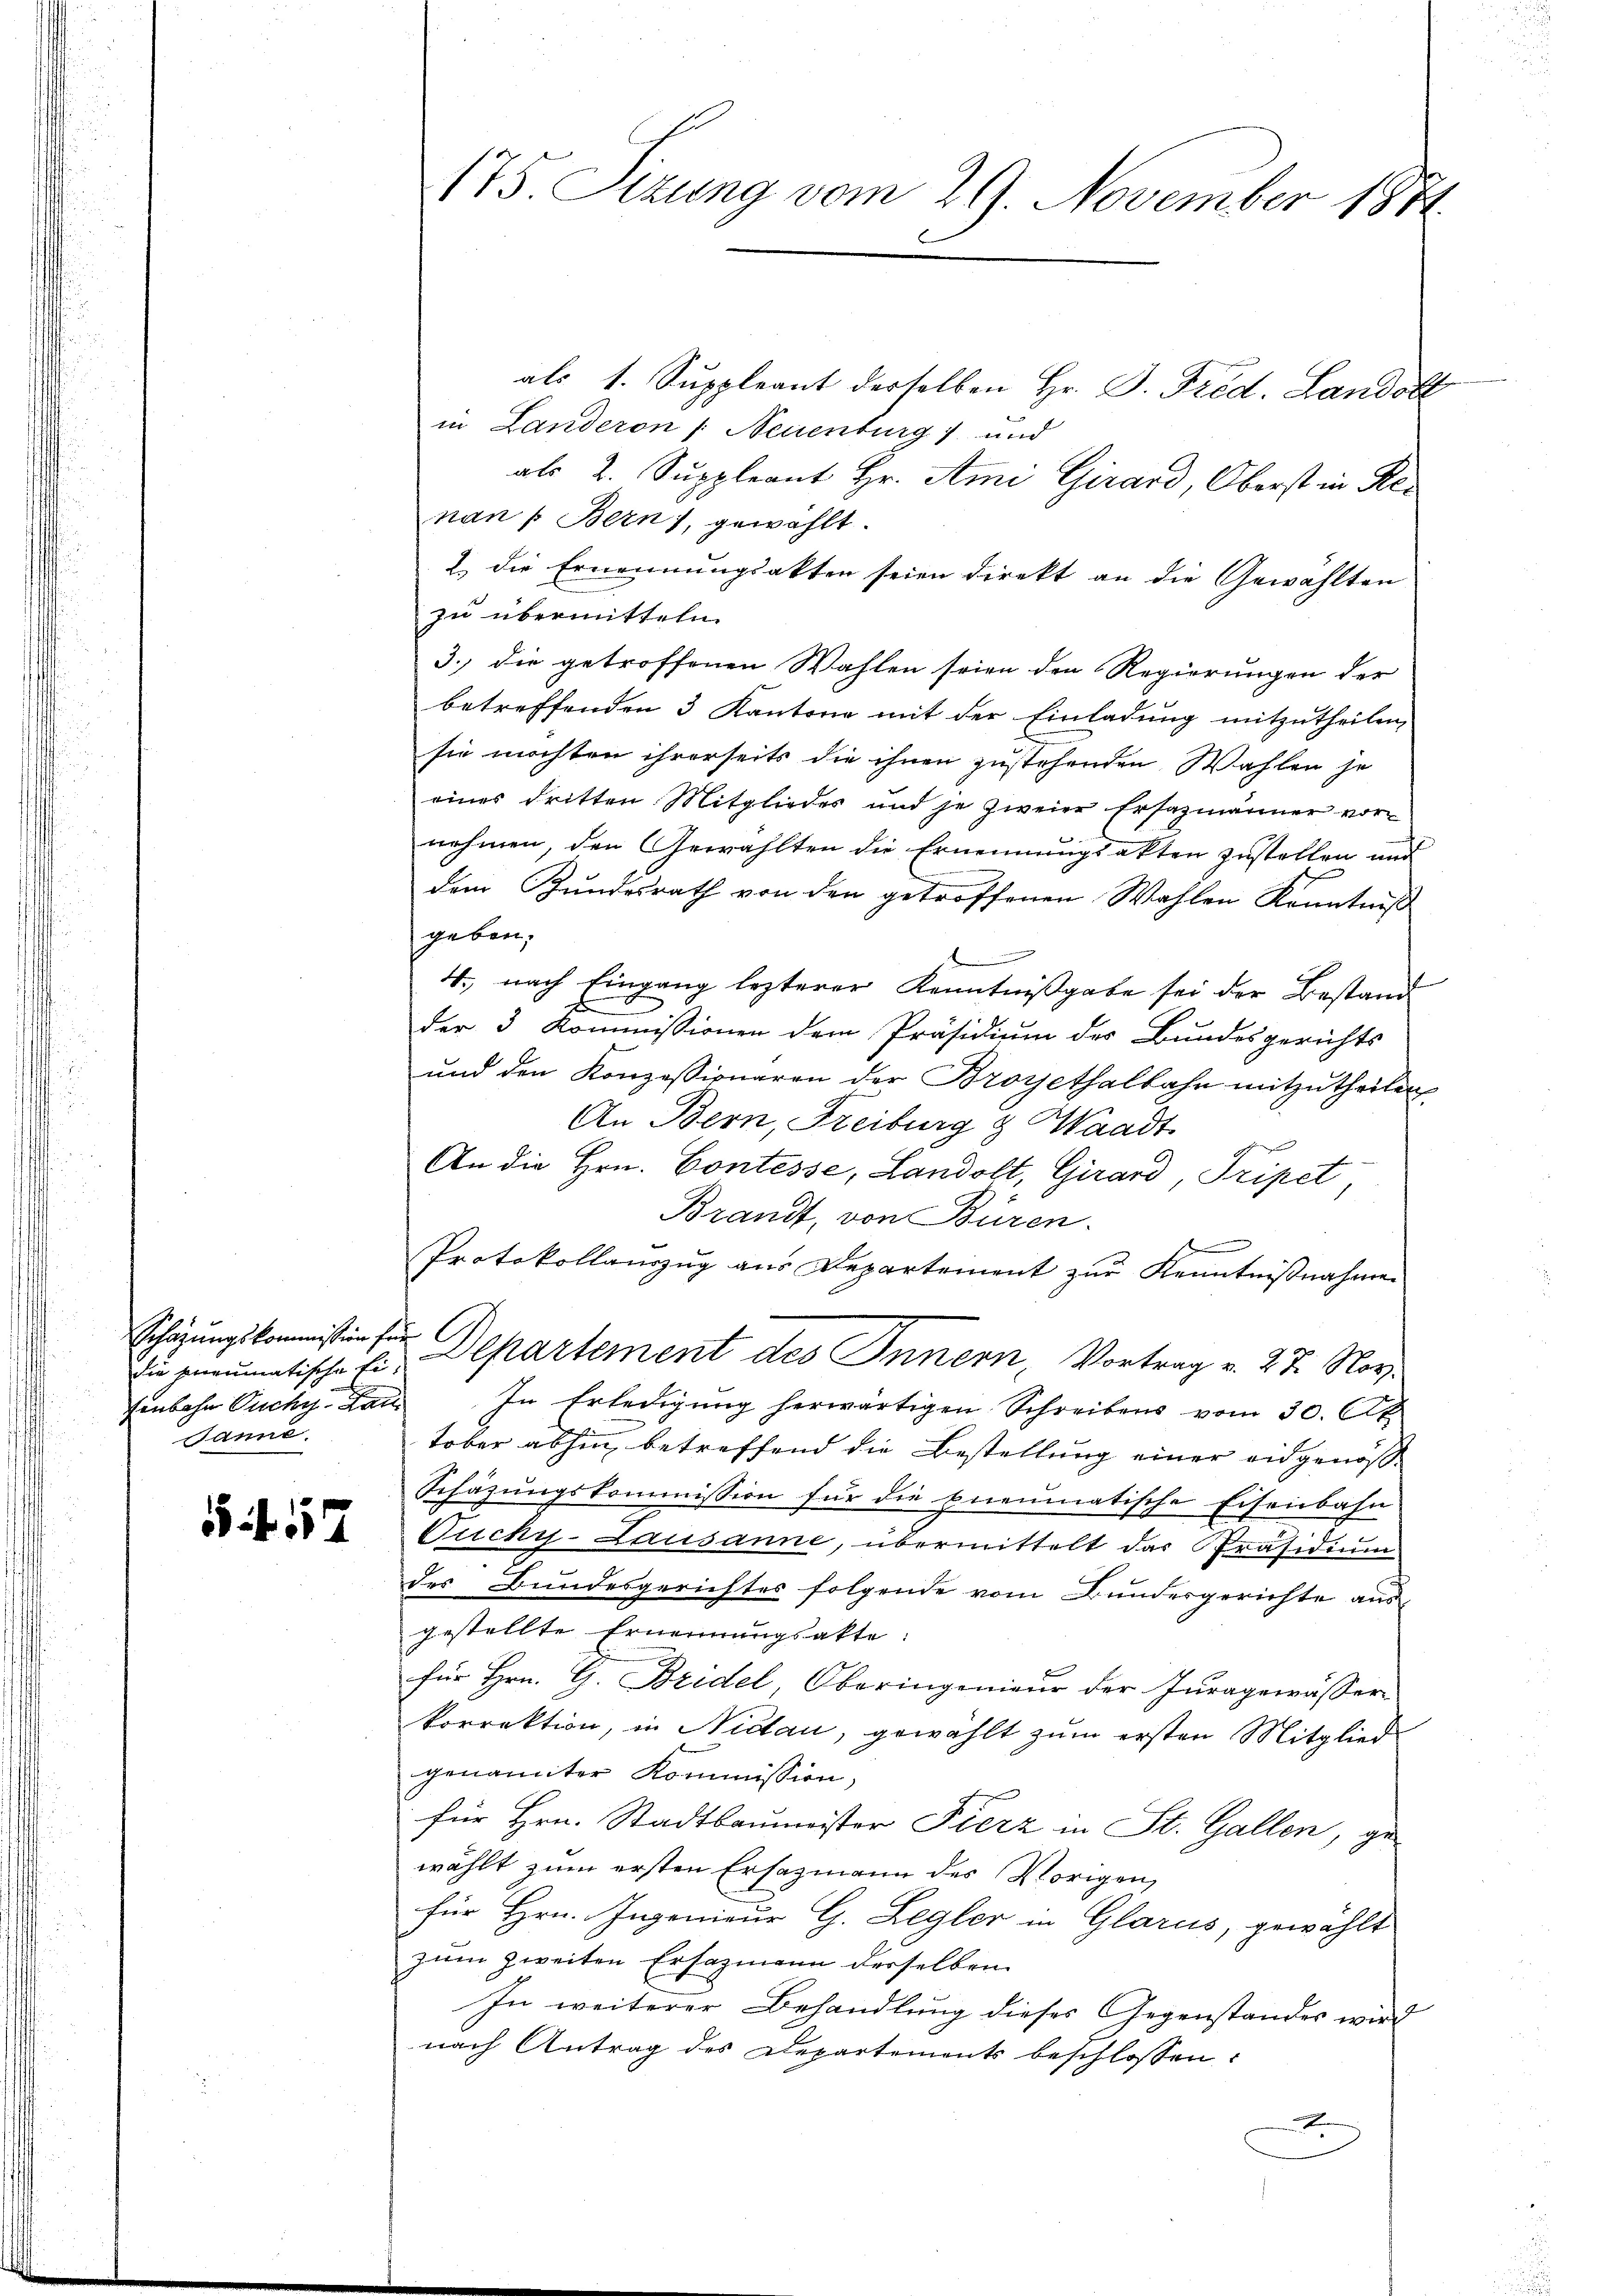
Schazungskommission für
tenbahn Puchy hat
Janne.

5 f. 57

als 1. Suppleant derselben Hr. P. Fred. Landobl
in Landeron /: Neuenburg) und
als 2. Suppleant Hr. Ami Girard, Oberst in Renan : Bern), gewählt.
2.) die Ernennungsakten seien direkt an die Gewählten
zu übermitteln.
3., die getroffenen Wahlen seien den Regierungen der
betreffenden 3 Kantone mit der Einladung mitzutheilen,
sie möchten ihrerseits die ihnen zustehenden Wahlen je
eines dritten Mitglieder und je zweier Ersatzmänner vor-
nehmen, den Gewählten die Ernennungsakten zustellen und
dem Bundesrath von den getroffenen Wahlen Kenntniß
geben.
4., nach Eingang lezterer Kenntnißgabe sei der Bestand
der 3 Kommissionen dem Präsidium des Bundesgerichts
und den Konzessionaren der Broyethalbahn mitzutheilen
An Bern, Freiburg & Waadt
An die Hrn. Contesse, Landolt, Girard, Tripet,
Brandt, von Büren.
f
Protokollauszug aus Departement zur Kenntnißnahmen
die anrumatische Ein Departement des Innern, Vortrag v. 27. Nov.
In Erledigung herwärtigen Schreibens vom 30. Ap
tober abhin betreffend die Bestellung einer eidgenös¬
Schäzungskommission für die Eneumatische Eisenbahn
Fucky-Lausanne, übermittelt das Präsidium
des Bundesgerichtes folgende vom Bundesgerichte ausgestellte Ernennungsakte:
für Hrn. G. Bridel Oberingenieur der Juragewässer
korrektion, in Niclau, gewählt zum ersten Mitglied
genannter Kommission,
für Hrn. Stadtbaumeister Fierz in St. Gallen, gewählt zum ersten Ersazmann des Vorigen,
für Hrn. Ingenieur G. Legler in Glarus, gewählt
zum zweiten Ersazmann derselben
In weiterer Behandlung dieses Gegenstandes wird
nach Antrag des Departements beschlossen:
x

175. Szung vom 29. November 1874.

1